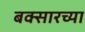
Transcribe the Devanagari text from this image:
बक्सारच्या